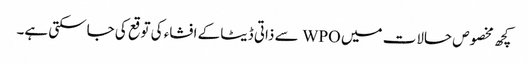
کچھ مخصوص حالات میں WPO سے ذاتی ڈیٹا کے افشاء کی توقع کی جاسکتی ہے۔